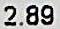
2.89